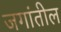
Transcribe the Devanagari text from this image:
जगांतील